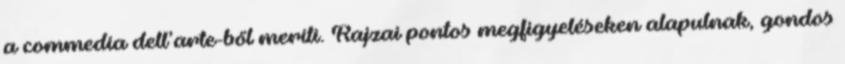
a commedia dell’arte-ből meríti. Rajzai pontos megfigyeléseken alapulnak, gondos